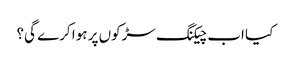
کیا اب چیکنگ سڑکوں پر ہوا کرے گی؟